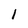
Character: l